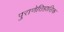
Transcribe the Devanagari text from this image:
पुराणेतिहासिक